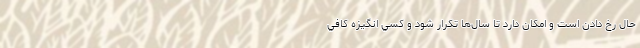
حال رخ دادن است و امكان دارد تا سال‌ها تكرار شود و كسي انگيزه كافي